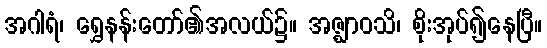
အဂါရံ၊ ရွှေနန်းတော်၏အလယ်၌။ အဇ္ဈာဝသိ၊ စိုးအုပ်၍နေပြီ။